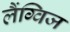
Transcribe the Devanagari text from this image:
लैंग्विज